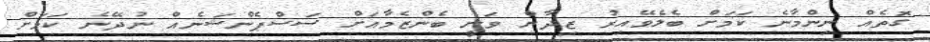
ގޮތެއް ނިންމާނެ ކަމަށް ބެލެވޭއިރު ޒިދާން ވަނީ ބެންޒެމާއަށް ސަސްޕެންޝަނެއް ނުދޭނެ ކަމަށް